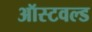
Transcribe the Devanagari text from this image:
ऑस्टवल्ड